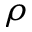
\rho